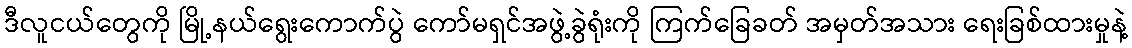
ဒီလူငယ်တွေကို မြို့နယ်ရွေးကောက်ပွဲ ကော်မရှင်အဖွဲ့ခွဲရုံးကို ကြက်ခြေခတ် အမှတ်အသား ရေးခြစ်ထားမှုနဲ့